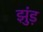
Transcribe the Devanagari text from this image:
झुंड़